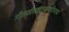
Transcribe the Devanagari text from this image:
गीतसीतारामपरिणयः